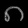
Digit: ၈